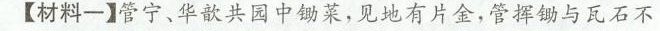
【材料一】管宁、华歆共园中锄菜，见地有片金，管挥锄与瓦石不